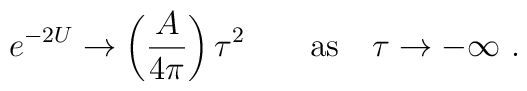
e^{-2U}\rightarrow \left( {A\over 4\pi}\right) \tau^2  \qquad {\rm as} \quad\tau  \rightarrow - \infty \ .